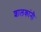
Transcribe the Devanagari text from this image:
शालकांनी